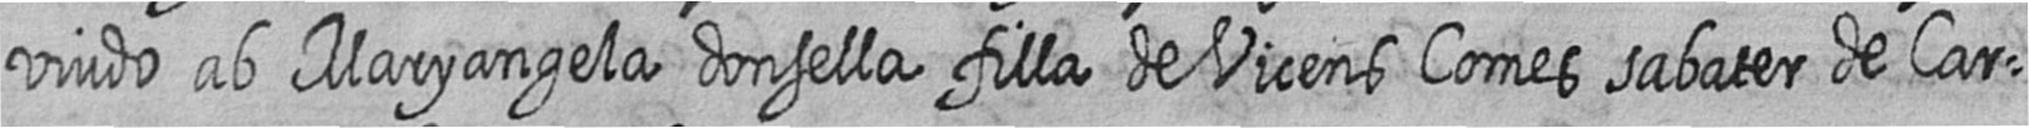
viudo ab Maryangela donsella filla de Vicens Comes sabater de Car=